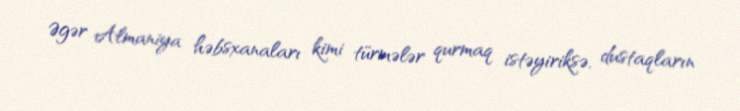
Əgər Almaniya həbsxanaları kimi türmələr qurmaq istəyiriksə, dustaqların